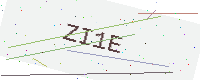
Text: ZI1E